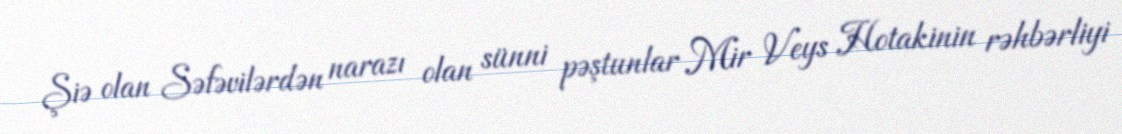
Şiə olan Səfəvilərdən narazı olan sünni pəştunlar Mir Veys Hotakinin rəhbərliyi